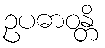
ဥပဓာဝန္တိ